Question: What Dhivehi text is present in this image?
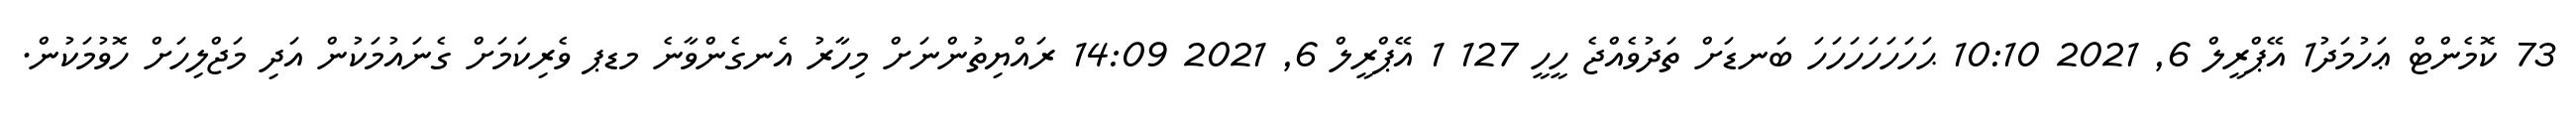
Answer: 73 ކޮމެންޓް ޢަހުމަދު1 އޭޕްރީލް 6, 2021 10:10 ޙަހަހަހަހަހަހަ ބަނޑަށް ތަދުވެއްޖެ ހީހީ 127 1 އޭޕްރީލް 6, 2021 14:09 ރައްޔިތުންނަށް މިހާރު އެނގެންވާނެ މޑޕ ވެރިކަމަށް ގެނައުމަކުން އަދި މަޖްލިހަށް ހޮވުމަކުން.